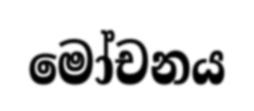
මෝචනය